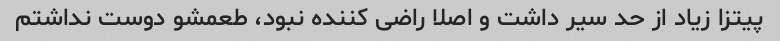
پیتزا زیاد از حد سیر داشت و اصلا راضی کننده نبود، طعمشو دوست نداشتم